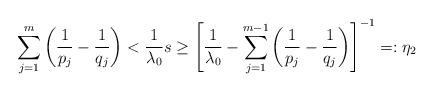
LaTeX: \begin{align*}\sum_{j=1}^{m}\left( \frac{1}{p_{j}}-\frac{1}{q_{j}}\right) <\frac{1}{\lambda _{0}}s\geq \left[ \frac{1}{\lambda _{0}}-\sum_{j=1}^{m-1}\left( \frac{1}{p_{j}}-\frac{1}{q_{j}}\right) \right]^{-1}=:\eta _{2} \end{align*}